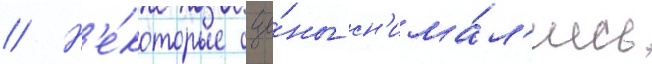
// Н'е́которые сце́ны сн'има́л'ись